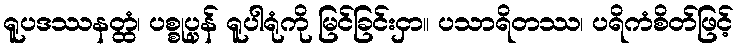
ရူပဒဿနတ္ထံ၊ ပစ္စုပ္ပန် ရူပါရုံကို မြင်ခြင်းငှာ။ ပသာရိတဿ၊ ပရိကံစိတ်ဖြင့်